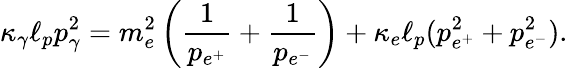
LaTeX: \kappa_{\gamma}\ell_{p}p_{\gamma}^{2}=m_{e}^{2}\left(\frac{1}{p_{e^{+}}}+\frac{1}{p_{e^{-}}}\right)+\kappa_{e}\ell_{p}(p_{e^{+}}^{2}+p_{e^{-}}^{2}).